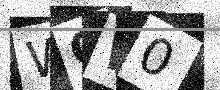
Text: WQW0